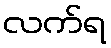
လက်ရ